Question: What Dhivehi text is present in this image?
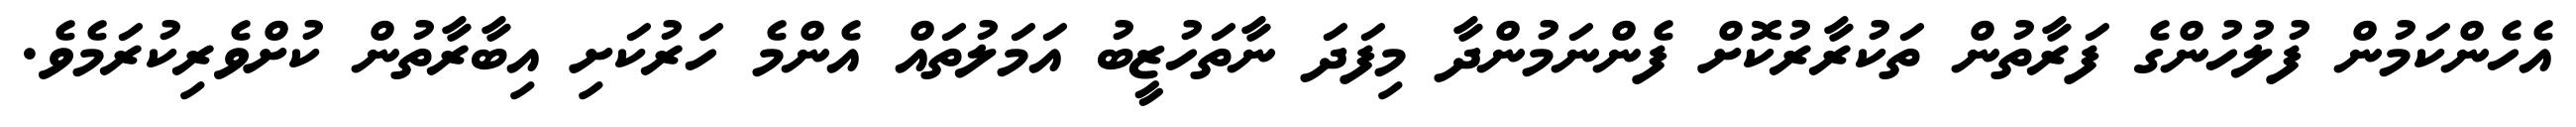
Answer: އެހެންކަމުން ފުލުހުންގެ ފަރާތުން ތަކުރާރުކޮށް ފެންނަމުންދާ މިފަދަ ނާތަހުޒީބު އަމަލުތައް އެންމެ ހަރުކަށި އިބާރާތުން ކުށްވެރިކުރަމެވެ.